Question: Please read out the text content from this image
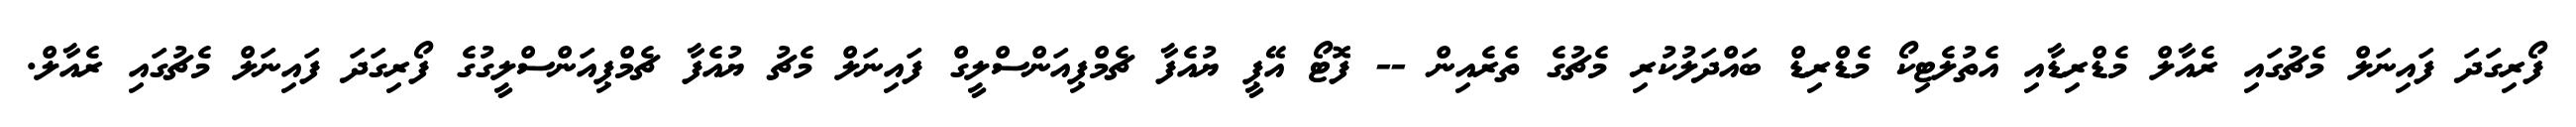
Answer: ފޯރިގަދަ ފައިނަލް މެޗުގައި ރެއާލް މެޑްރިޑާއި އެތުލެޓިކޯ މެޑްރިޑް ބައްދަލުކުރި މެޗުގެ ތެރެއިން -- ފޮޓޯ އޭޕީ ޔުއެފާ ޗެމްޕިއަންސްލީގް ފައިނަލް މެޗު ޔުއެފާ ޗެމްޕިއަންސްލީގުގެ ފޯރިގަދަ ފައިނަލް މެޗުގައި ރެއާލް.